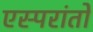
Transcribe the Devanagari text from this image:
एस्परांतो